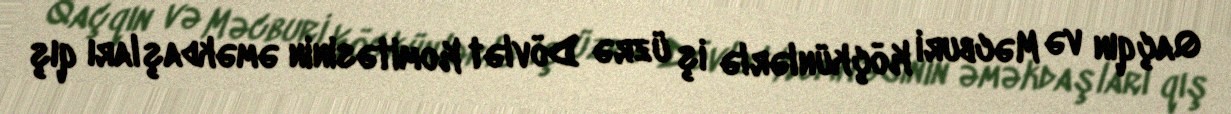
Qaçqın və Məcburi Köçkünlərlə iş üzrə Dövlət Komitəsinin əməkdaşları qış